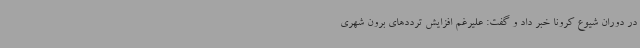
در دوران شیوع کرونا خبر داد و گفت: علیرغم افزایش ترددهای برون شهری